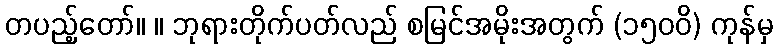
တပည့်တော်။ ။ ဘုရားတိုက်ပတ်လည် စမြင်အမိုးအတွက် (၁၅၀၀ိ) ကုန်မှ